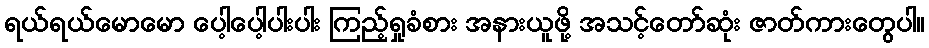
ရယ်ရယ်မောမော ပေါ့ပေါ့ပါးပါး ကြည့်ရှုခံစား အနားယူဖို့ အသင့်တော်ဆုံး ဇာတ်ကားတွေပါ။